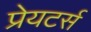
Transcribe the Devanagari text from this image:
प्रेयटर्स